Rangoon Lunatic Asylum 1893-1897 - 1893-1897
Year: 1893
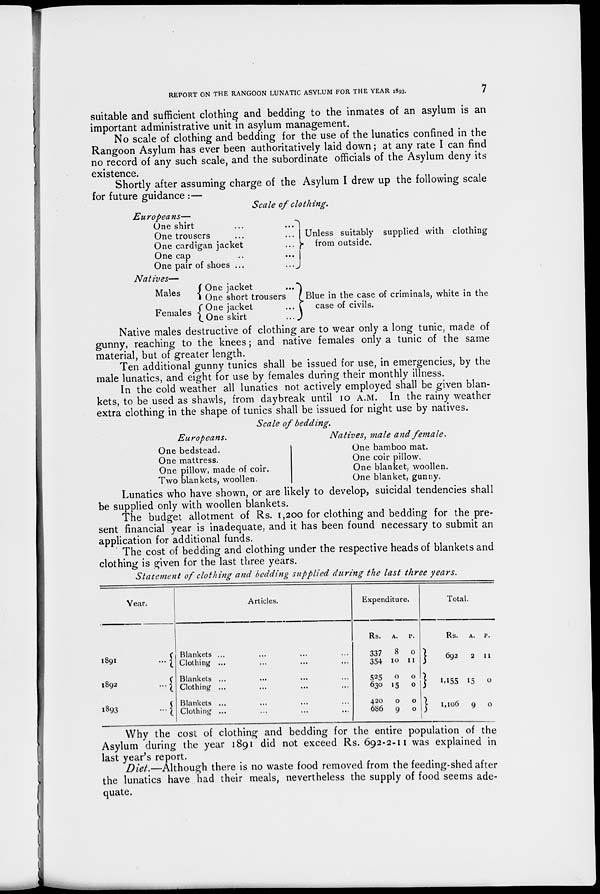
REPORT ON THE RANGOON LUNATIC ASYLUM FOR THE YEAR 1893.
7
suitable and sufficient clothing and bedding to the inmates of an asylum is an
important administrative unit in asylum management.
No scale of clothing and bedding for the use of the lunatics confined in the
Rangoon Asylum has ever been authoritatively laid down; at any rate I can find
no record of any such scale, and the subordinate officials of the Asylum deny its
existence.
Shortly after assuming charge of the Asylum I drew up the following scale
for future guidance :—
Scale of clothing.
Europeans—
One shirt
...
...
One trousers ... ...
One cardigan jacket ...
One cap ... ...
One pair of shoes ...
...
Unless suitably supplied with clothing
from outside.
Natives—
Males
Females
One jacket
...
One short trousers
One jacket ...
One skirt
...
Blue in the case of criminals, white in the
case of civils.
Native males destructive of clothing are to wear only a long tunic, made of
gunny, reaching to the knees; and native females only a tunic of the same
material, but of greater length.
Ten additional gunny tunics shall be issued for use, in emergencies, by the
male lunatics, and eight for use by females during their monthly illness.
In the cold weather all lunatics not actively employed shall be given blan-
kets, to be used as shawls, from daybreak until 10 A.M. In the rainy weather
extra clothing in the shape of tunics shall be issued for night use by natives.
Scale of bedding.
Europeans.
One bedstead.
One mattress.
One pillow, made of coir.
Two blankets, woollen.
Natives, male and female.
One bamboo mat.
One coir pillow.
One blanket, woollen.
One blanket, gunny.
Lunatics who have shown, or are likely to develop, suicidal tendencies shall
be supplied only with woollen blankets.
The budget allotment of Rs. 1,200 for clothing and bedding for the pre-
sent financial year is inadequate, and it has been found necessary to submit an
application for additional funds.
The cost of bedding and clothing under the respective heads of blankets and
clothing is given for the last three years.
Statement of clothing and bedding supplied during the last three years.
Year.
1891
...
1892
...
1893
...
Articles.
Blankets ... ... ...
Clothing ... ... ...
Blankets ... ... ...
Clothing ... ... ...
Blankets ... ... ...
Clothing ... ... ...
Expenditure.
Rs.
337
354
525
630
420
686
A.
8
10
0
15
0
9
P.
0
11
0
0
0
0
Total.
Rs.
692
1,155
1,106
A.
2
15
9
P.
11
0
0
Why the cost of clothing and bedding for the entire population of the
Asylum during the year 1891 did not exceed Rs. 692-2-11 was explained in
last year's report.
Diet.—Although there is no waste food removed from the feeding-shed after
the lunatics have had their meals, nevertheless the supply of food seems ade-
quate.